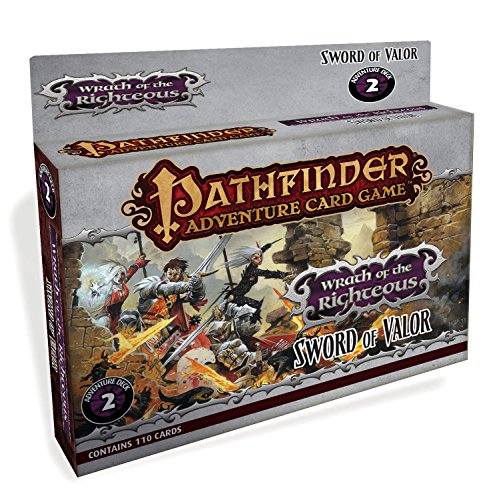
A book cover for Pathfinder Adventure Card Game: Wrath of the Righteous Adventure Deck 2 - Sword of Valor; Mike Selinker; Science Fiction & Fantasy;